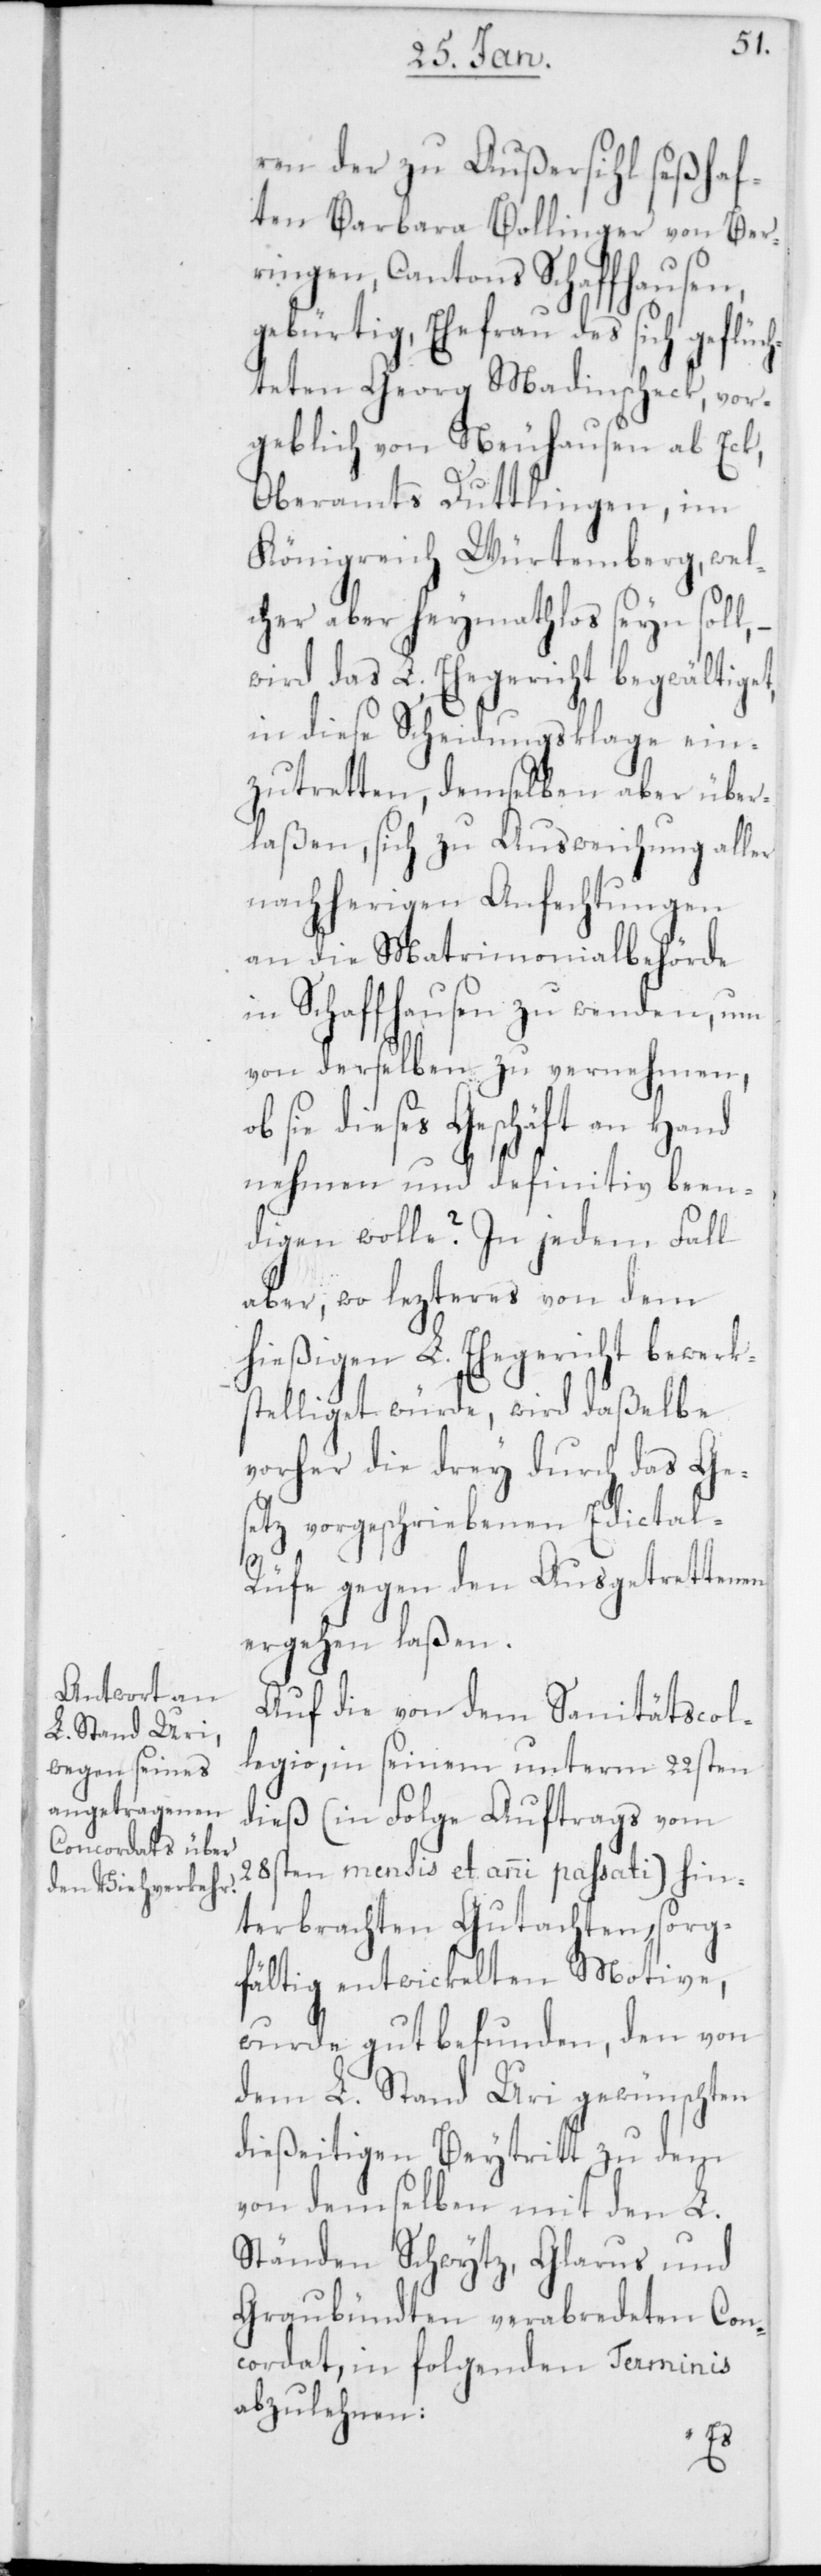
ren der zu Außersihl seßhaf¬
ten Barbara Bollinger von Ber¬
ingen, Cantons Schaffhausen,
gebürtig, Ehefrau des sich geflüc¬
hteten Georg Madinscheck, vor¬
geblich von Neuhausen ab Eck,
Oberamts Duttlingen, im
Königreich Würtemberg, wel¬
cher aber heymathlos seyn soll,
wird das L. Ehegericht begwältiget,
in diese Scheidungsklage ein¬
zutretten, demselben aber über¬
laßen, sich zu Ausweichung aller
nachherigen Anfechtungen
an die Matrimonialbehörde
in Schaffhausen zu wenden, um
von derselben zu vernehmen,
sie dieses Geschäft an Hand
nehmen und definitiv been¬
digen wolle? In jedem Fall
aber, wo lezteres von dem
hießigen L. Ehegericht bewerk¬
stelliget würde, wird daßelbe
vorher die drey durch das Ge¬
setz vorgeschriebenen Edictal-R¬
üfe gegen den Ausgetrettenen
ergehen laßen.
Auf die von dem Sanitätscol¬
legio in seinem unterm 22sten
dieß (in Folge Auftrags vom
28sten mensis et anni passati) hin¬
terbrachten Gutachten, sorg¬
fältig entwickelten Motive,
wurde gut befunden, den von
dem L. Stand Uri gewünschten
dießeitigen Beytritt zu dem
von demselben mit den L.
Ständen Schwytz, Glarus und
Graubündten verabredeten Con¬
cordat, in folgenden Terminis
abzulehnen: